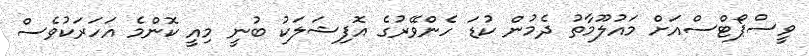
ވީސްޕޯޓްސްއަށް މައުލޫމާތު ދެމުން ކުޑަ ހެންވޭރުގެ އޮފިޝަލަކު ބުނީ މިއީ ކޮންމެ އަހަރަކުވެސް